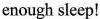
enough sleep!